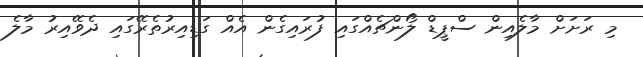
މި ރަށަށް މާލެއިން ސްޕީޑް ލޯންޗެއްގައި ފުރައިގެން އެއް ގަޑިއިރުތެރޭގައި ދެވޭއިރު މާލެ